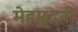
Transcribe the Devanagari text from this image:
मेहमूदनी